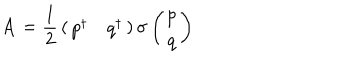
{ \bf A } = { \frac { 1 } { 2 } } \left( \begin{array} { c c } { { p ^ { \dagger } } } & { { q ^ { \dagger } } } \\ \end{array} \right) { \bf \sigma } \left( \begin{array} { c } { { p } } \\ { { q } } \\ \end{array} \right)